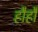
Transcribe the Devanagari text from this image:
हौहौ